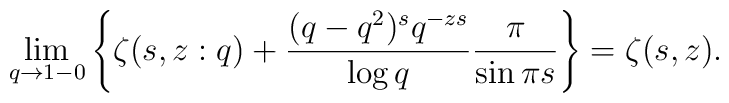
\lim_{q \to 1-0} \left\{     \zeta(s,z:q) + \frac{(q-q^{2})^{s}q^{-zs}}{\log q}     \frac{\pi}{\sin \pi s}     \right\}  = \zeta(s,z).